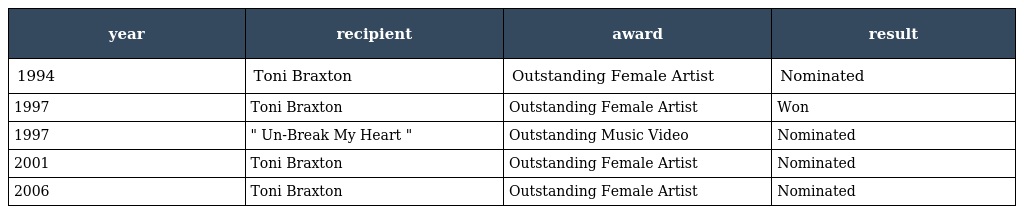
| year | recipient | award | result |
 | --- | --- | --- | --- |
 | 1994 | Toni Braxton | Outstanding Female Artist | Nominated |
 | 1997 | Toni Braxton | Outstanding Female Artist | Won |
 | 1997 | " Un-Break My Heart " | Outstanding Music Video | Nominated |
 | 2001 | Toni Braxton | Outstanding Female Artist | Nominated |
 | 2006 | Toni Braxton | Outstanding Female Artist | Nominated |